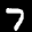
Label: 7